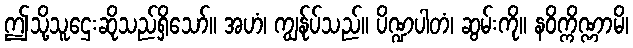
ဤသို့သူဌေးဆိုသည်ရှိသော်။ အဟံ၊ ကျွန်ုပ်သည်။ ပိဏ္ဍပါတံ၊ ဆွမ်းကို။ နဝိက္ကိဏ္ဏာမိ၊